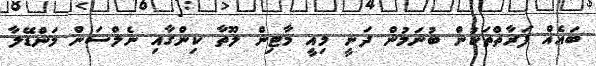
ބައެއް ފަރާތްތަކުން ބުނަމުން ދަނީ މިއީ މާޓިން ލޫތާ ކިންގާއި ނެލްސަން މަންޑޭލާ